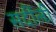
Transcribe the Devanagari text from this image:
सर्दीली